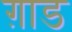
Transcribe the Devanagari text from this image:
ग़ाड